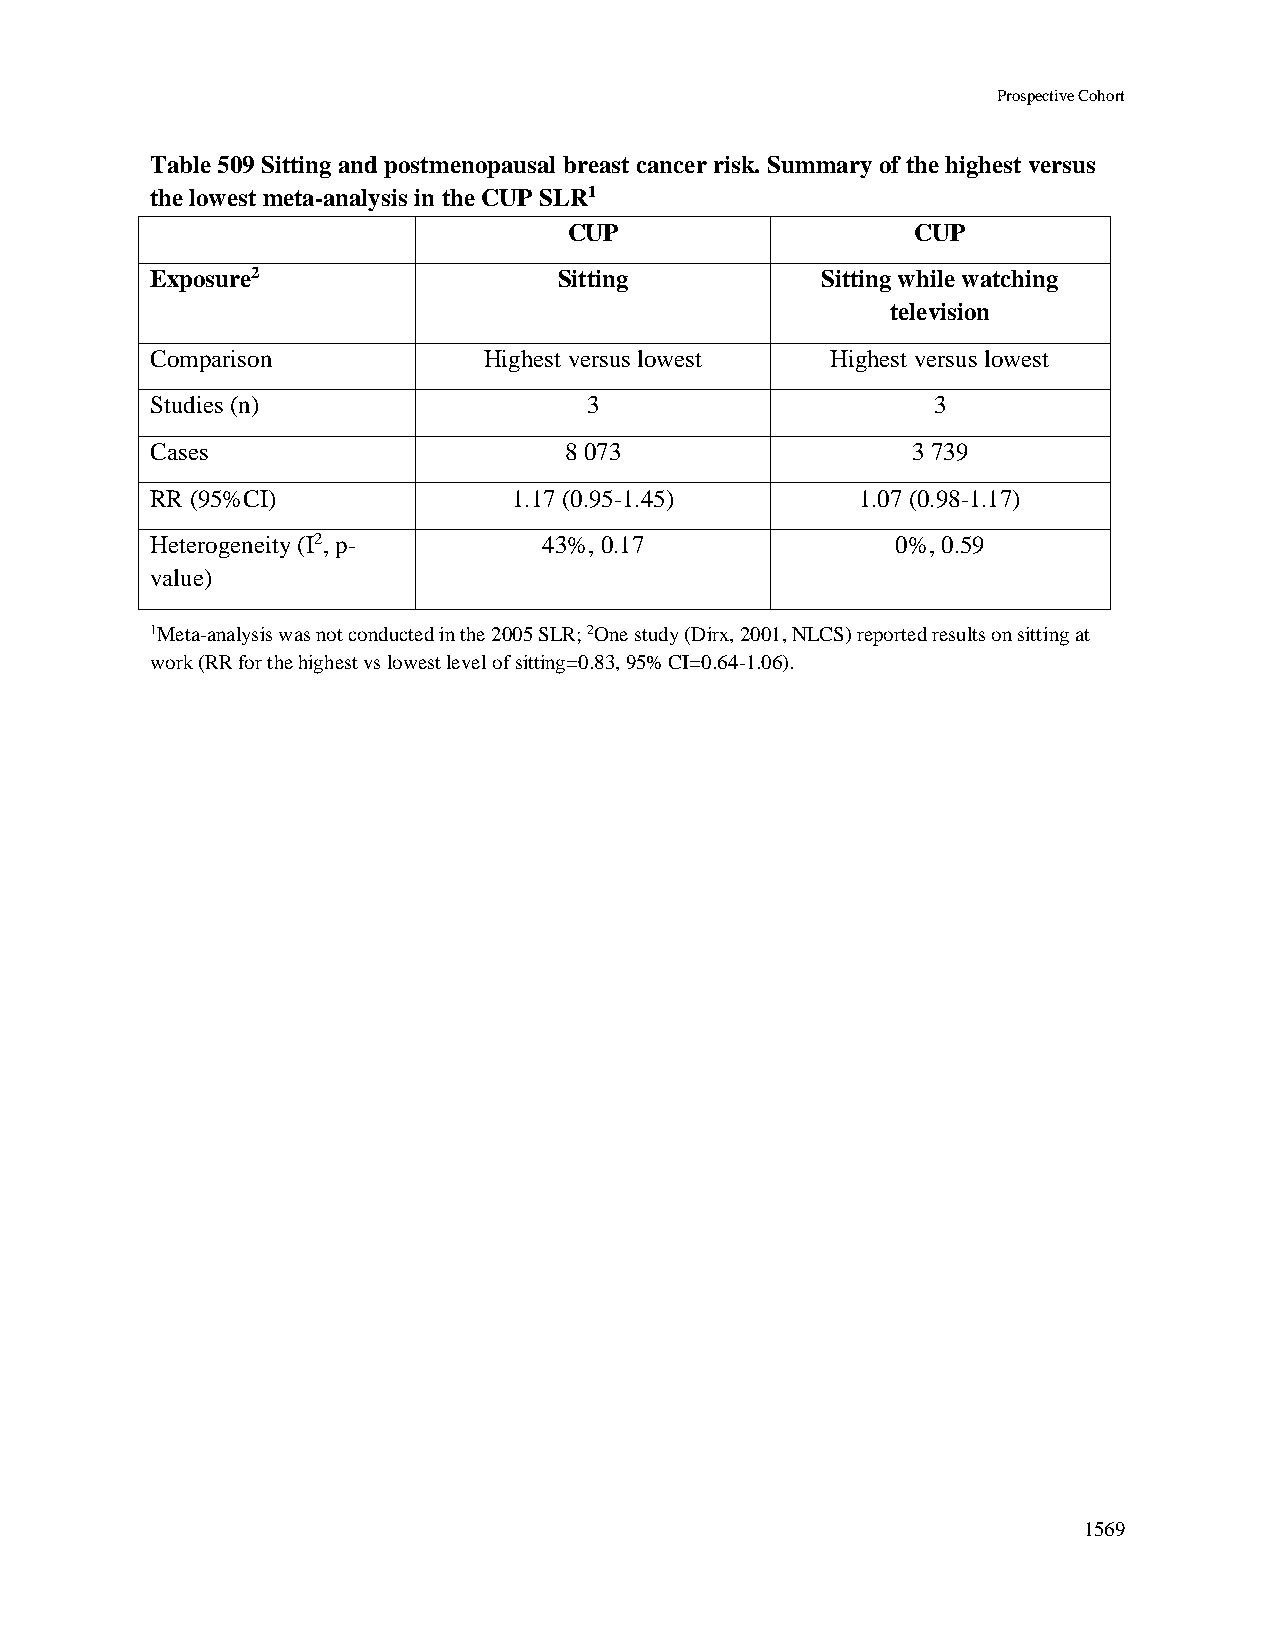
Prospective Cohort
 Table 509 Sitting and postmenopausal breast cancer risk. Summary of the highest versus
 the lowest meta-analysis in the CUP SLR1
 CUP                    CUP
 Exposure2                  Sitting          Sitting while watching
 television
 Comparison            Highest versus lowest  Highest versus lowest
 Studies (n)                  3                      3
 Cases                      8 073                  3 739
 RR (95%CI)              1.17 (0.95-1.45)       1.07 (0.98-1.17)
 Heterogeneity (I2, p-     43%, 0.17              0%, 0.59
 value)
 1Meta-analysis was not conducted in the 2005 SLR; 2One study (Dirx, 2001, NLCS) reported results on sitting at
 work (RR for the highest vs lowest level of sitting=0.83, 95% CI=0.64-1.06).
 1569